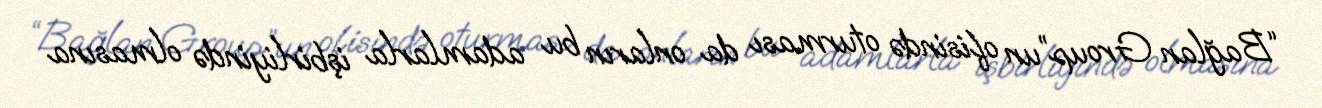
“Bağlan Group”un ofisində oturması da onların bu adamlarla işbirliyində olmasına